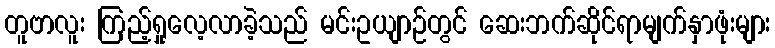
တူဗာလူး ကြည့်ရှုလေ့လာခဲ့သည် မင်းဥယျာဉ်တွင် ဆေးဘက်ဆိုင်ရာမျက်နှာဖုံးများ